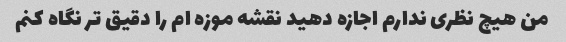
من هیچ نظری ندارم اجازه دهید نقشه موزه ام را دقیق تر نگاه کنم